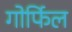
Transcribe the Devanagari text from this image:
गोर्फिल